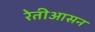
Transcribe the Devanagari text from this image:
रेतीआसन